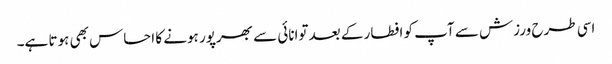
اسی طرح ورزش سے آپ کو افطار کے بعد توانائی سے بھرپور ہونے کا احساس بھی ہوتا ہے۔